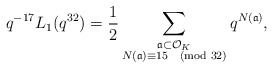
\begin{align*} q^{-17} L_{1}(q^{32}) = \frac{1}{2} \sum_{\substack{\frak{a} \subset \mathcal{O}_{K} \\ N(\frak{a}) \equiv 15 \pmod{32}}} q^{N(\frak{a})},\end{align*}